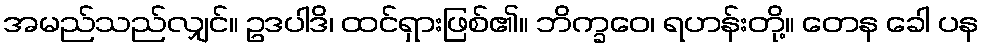
အမည်သည်လျှင်။ ဥဒပါဒိ၊ ထင်ရှားဖြစ်၏။ ဘိက္ခဝေ၊ ရဟန်းတို့။ တေန ခေါ ပန